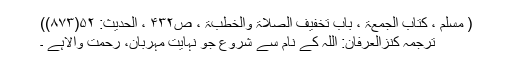
( مسلم ، کتاب الجمعۃ ، باب تخفیف الصلاۃ والخطبۃ ، ص۴۳۲ ، الحدیث: ۵۲(۸۷۳))
ترجمۂ کنزُالعِرفان: اللہ کے نام سے شروع جو نہایت مہربان، رحمت والاہے ۔